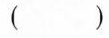
()